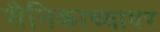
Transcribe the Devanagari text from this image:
सैनिकाच्यावर